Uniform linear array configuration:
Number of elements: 16
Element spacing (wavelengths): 0.25
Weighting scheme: uniform
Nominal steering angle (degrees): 0
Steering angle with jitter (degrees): -1.863
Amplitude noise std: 0.05
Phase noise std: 0.05

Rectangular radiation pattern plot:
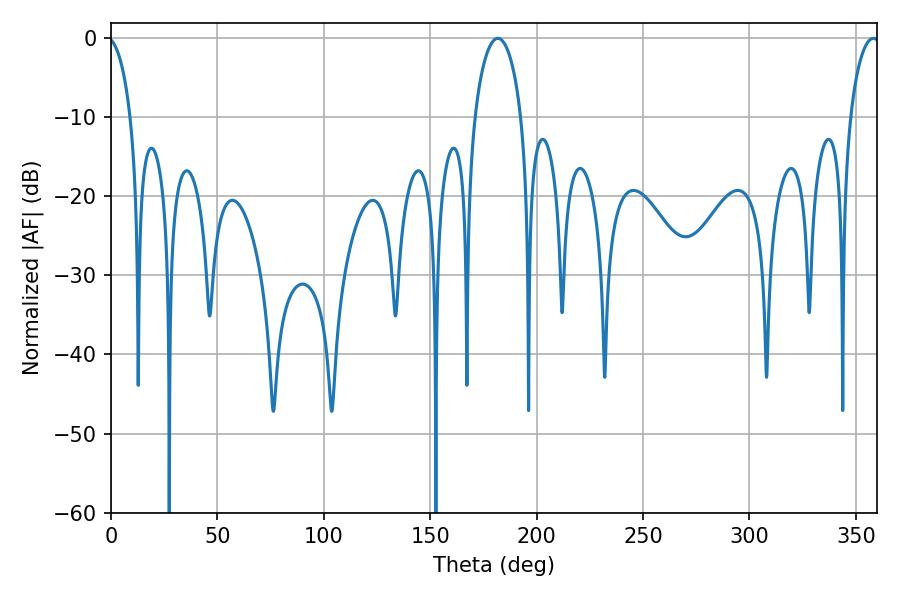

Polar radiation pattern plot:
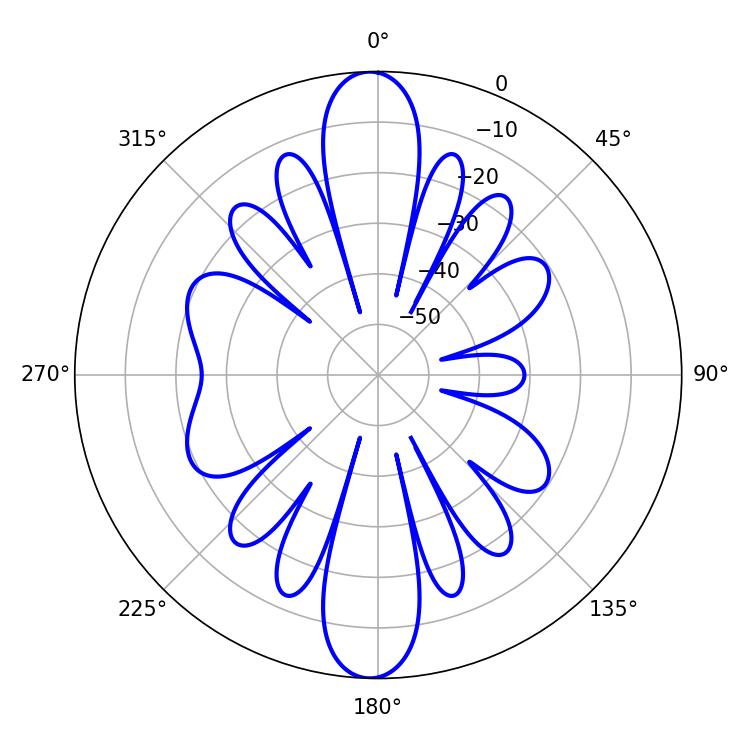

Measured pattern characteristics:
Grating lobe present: FALSE
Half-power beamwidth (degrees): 12.6
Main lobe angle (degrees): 181.8